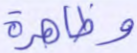
وظاهره